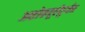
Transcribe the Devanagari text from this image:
अशोकपूर्वयुगीन